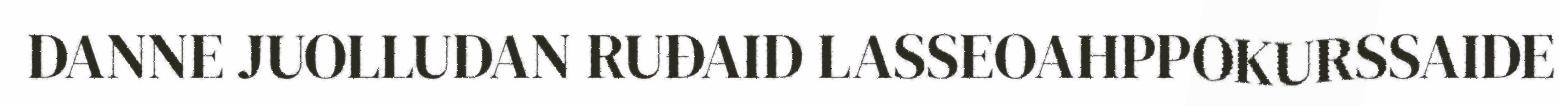
DANNE JUOLLUDAN RUĐAID LASSEOAHPPOKURSSAIDE